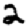
Digit: 2